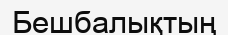
Бешбалықтың